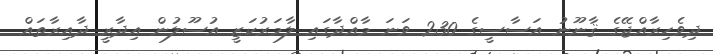
ދިވެހިރާއްޖޭގެ ޤާނޫނު އަސާސީގެ 230 ވަނަ މާއްދާގައި ލާމަރުކަޒީ އުސޫލުން އިދާރީ ދާއިރާތައް